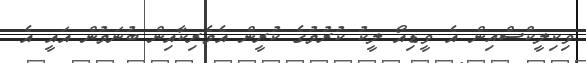
ވިކިލީކްސްއިން އެ ވީޑިއޯ ލީކު ކުރުމުގެ ކުރީން އެމެރިކާއިން ބުނަމުން އައީ އެ